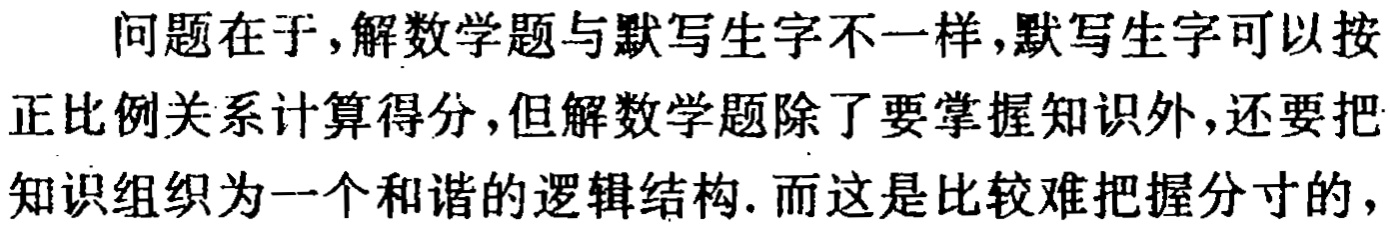
问题在于,解数学题与默写生字不一样,默写生字可以按正比例关系计算得分,但解数学题除了要掌握知识外,还要把知识组织为一个和谐的逻辑结构. 而这是比较难把握分寸的,